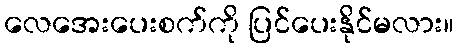
လေအေးပေးစက်ကို ပြင်ပေးနိုင်မလား။